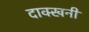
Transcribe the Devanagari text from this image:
दाक्खनी